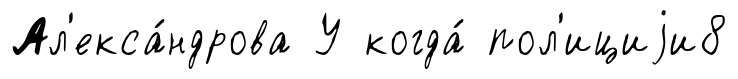
Ал'екса́ндрова У когда́ пол'ициjи8